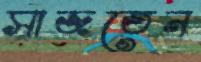
সাজতেন